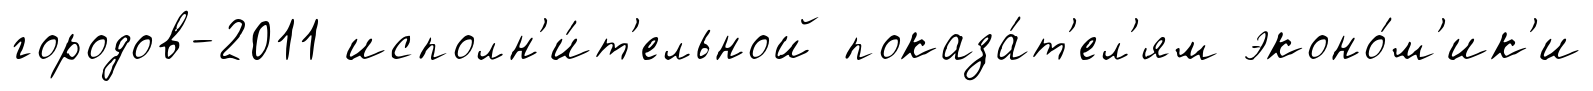
городов-2011 исполн'и́т'ельной показа́т'ел'ям эконо́м'ик'и